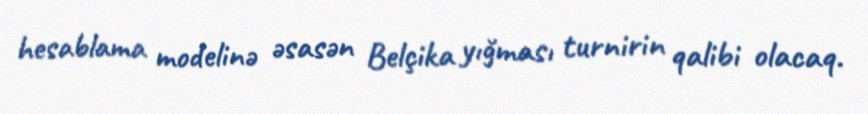
hesablama modelinə əsasən Belçika yığması turnirin qalibi olacaq.